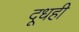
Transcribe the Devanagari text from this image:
दूधही